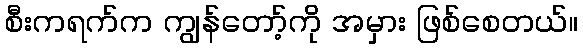
စီးကရက်က ကျွန်တော့်ကို အမှား ဖြစ်စေတယ်။